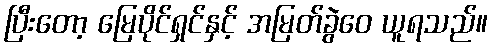
ပြီးတော့ မြေပိုင်ရှင်နှင့် အမြတ်ခွဲဝေ ယူရသည်။